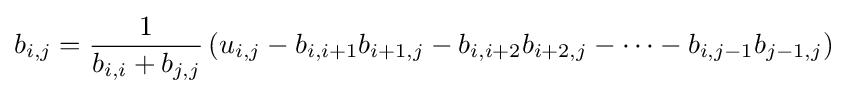
b_{i,j}={\frac {1}{b_{i,i}+b_{j,j}}}\left(u_{i,j}-b_{i,i+1}b_{i+1,j}-b_{i,i+2}b_{i+2,j}-\dots -b_{i,j-1}b_{j-1,j}\right)